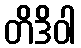
တိဒိဝါ